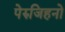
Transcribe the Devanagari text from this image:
पेरुजिहनो